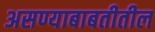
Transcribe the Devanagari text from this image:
असण्याबाबतीतील